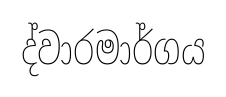
ද්වාරමාර්ගය